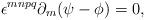
LaTeX: \begin{align*}\epsilon^{mnpq}\partial_{m}(\psi - \phi) = 0,\end{align*}